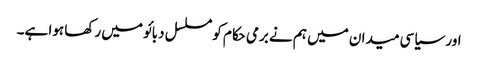
اور سیاسی میدان میں ہم نے برمی حکام کو مسلسل دبائو میں رکھا ہوا ہے۔